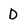
Character: D